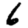
Digit: 6